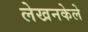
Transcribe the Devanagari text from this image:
लेखनकेले